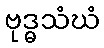
ဗုဒ္ဓသံဃံ